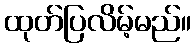
ထုတ်ပြလိမ့်မည်။